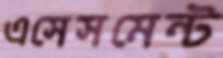
এসেসমেন্ট